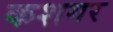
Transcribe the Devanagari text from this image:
कशगर